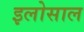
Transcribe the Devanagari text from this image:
इलोसाल